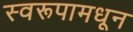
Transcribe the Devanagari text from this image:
स्वरूपामधून